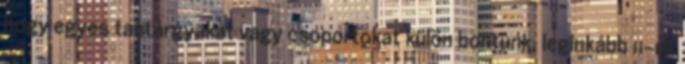
hogy egyes tantárgyakat vagy csoportokat külön bontunk, leginkább 11–16